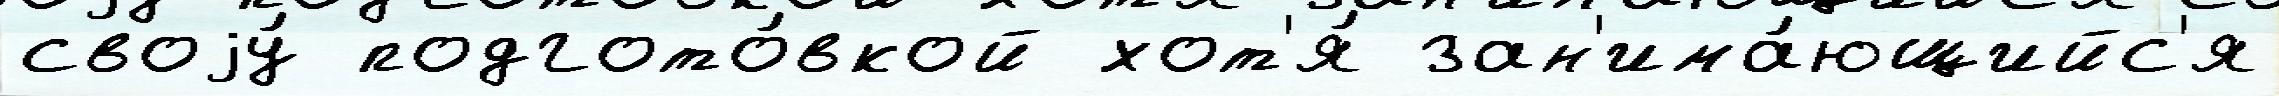
своjу́ подгото́вкой хот'я́ зан'има́ющийс'я